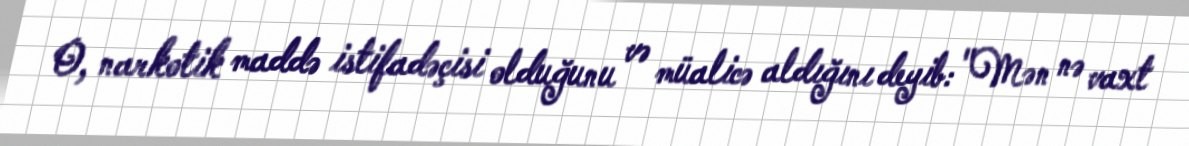
O, narkotik maddə istifadəçisi olduğunu və müalicə aldığını deyib: "Mən nə vaxt